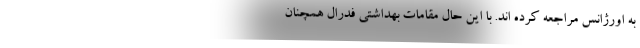
به اورژانس مراجعه کرده اند. با این حال مقامات بهداشتی فدرال همچنان